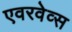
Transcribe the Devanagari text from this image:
एवरवेव्स